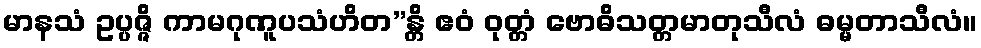
မာနသံ ဥပ္ပဇ္ဇိ ကာမဂုဏူပသံဟိတ”န္တိ ဧဝံ ဝုတ္တံ ဗောဓိသတ္တမာတုသီလံ ဓမ္မတာသီလံ။